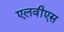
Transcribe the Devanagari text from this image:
एलवीएस